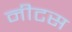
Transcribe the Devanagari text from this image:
नीटस